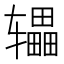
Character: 𫐙